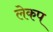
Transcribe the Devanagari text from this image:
लेकप